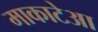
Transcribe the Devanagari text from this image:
माकाटेआ